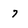
Character: 7